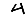
Digit: 4